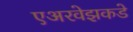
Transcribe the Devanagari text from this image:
एअरवेझकडे